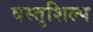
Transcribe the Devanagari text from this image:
वस्तुशिल्प